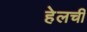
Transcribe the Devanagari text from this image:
हेलची